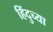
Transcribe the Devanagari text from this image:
हिंदुच्या